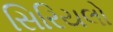
સિરિયલો